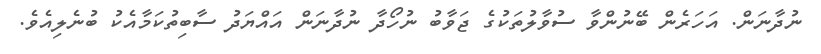
ނުދާނަން. އަހަރެން ބޭނުންވާ ސުވާލުތަކުގެ ޖަވާބު ނުހޯދާ ނުދާނަން އައްޔަދު ސާބިތުކަމާއެކު ބުނެލިއެވެ.